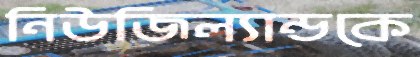
নিউজিল্যান্ডকে